画像に写った文字を読んでください
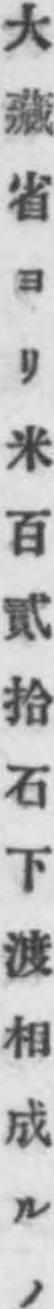
「大藏省ヨリ米百貳拾石下渡相成ルノ」と書いてあります